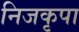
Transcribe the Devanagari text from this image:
निजकृपा